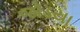
જોડયા